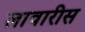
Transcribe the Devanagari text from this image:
लावारीस